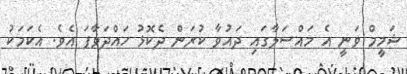
ޝަމީމް ވަނީ އެ މައްސަލާގައި ދައުވާ ކުރަން ދެކޮޅު ހައްދަވާފަ އެވެ. އެކަމަކު